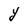
Character: Y